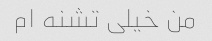
من خیلی تشنه ام